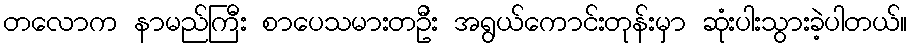
တလောက နာမည်ကြီး စာပေသမားတဦး အရွယ်ကောင်းတုန်းမှာ ဆုံးပါးသွားခဲ့ပါတယ်။